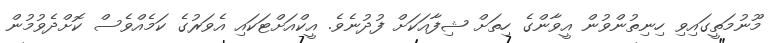
މޫނުމަތީގައިވި ހިނިތުންވުން އީވާންގެ ހިތަށް ޝިފާއަކަށް ފުދުނެވެ. އީކްއަށްޓަކައި އެވަރުގެ ކަމެއްވެސް ކޮށްދެވުމުން